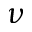
\nu